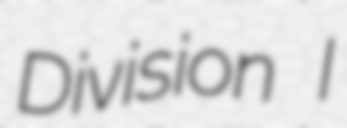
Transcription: Division I